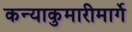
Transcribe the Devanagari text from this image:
कन्याकुमारीमार्गे